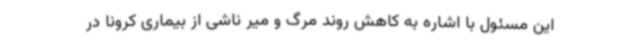
این مسئول با اشاره به کاهش روند مرگ و میر ناشی از بیماری کرونا در